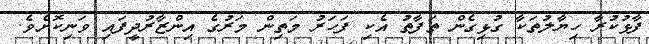
ފާޅުކުރާ ހިޔާލުތަކާ ގުޅިގެން ތަފާތު އެކި ފަހަރު މަތިން މަރުގެ އިންޒާރުދީފައި ވަނިކޮށެވެ.